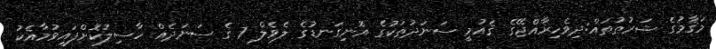
މަޤާމުގެ ޝަރުޠުތައް:ދިވެހިރާއްޖޭގެ ޤައުމީ ސަނަދުތަކުގެ އޮނިގަނޑުގެ ލެވެލް 7 ގެ ސަނަދެއް ހާސިލުކޮށްފައިވުމާއެކު